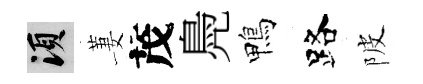
須萋茂鳧鴨路陂